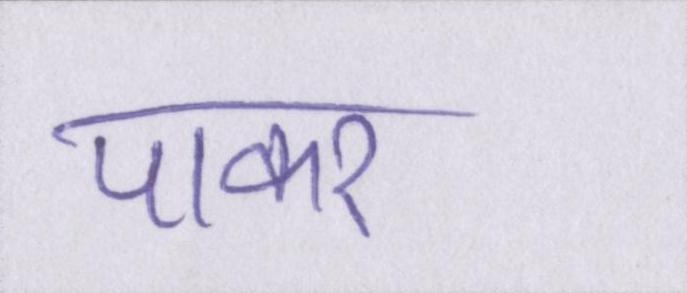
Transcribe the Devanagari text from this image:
पाकर